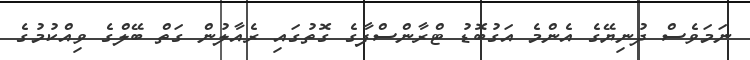
ނަމަވެސް ދުނިޔޭގެ އެންމެ އަގުބޮޑު ޓްރާންސްފާގެ ގޮތުގައި ރެއާލުން ގަތް ބޭލްގެ ވިއްކުމުގެ